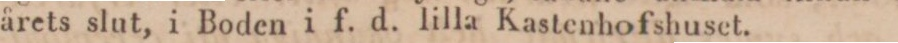
årets slut, i Boden i f. d. lilla Kastenhofshuset.